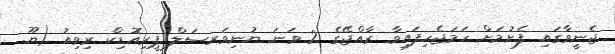
ޖެނީވާގައި ފެށުމަށް ހަމަޖެހިފައިވާ ރާއްޖޭގެ 2 ވަނަ ޔުނިވަރސަލް ޕީރިއޮޑިކް ރިވިއު (ޔޫ.